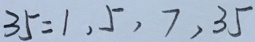
3 5 = 1 , 5 , 7 , 3 5